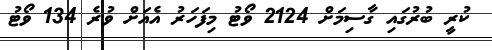
ކުރީ ބުރުގައި ގާސިމަށް 2124 ވޯޓު މިފަހަރު އެއަށް ވުރެ 134 ވޯޓު